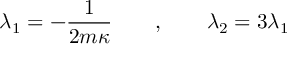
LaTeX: \lambda _ { 1 } = - { \frac { 1 } { 2 m \kappa } } \qquad , \qquad \lambda _ { 2 } = 3 \lambda _ { 1 }